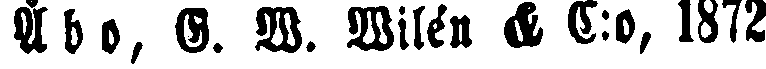
Åbo, G. W. Wilén & C:o, 1872.